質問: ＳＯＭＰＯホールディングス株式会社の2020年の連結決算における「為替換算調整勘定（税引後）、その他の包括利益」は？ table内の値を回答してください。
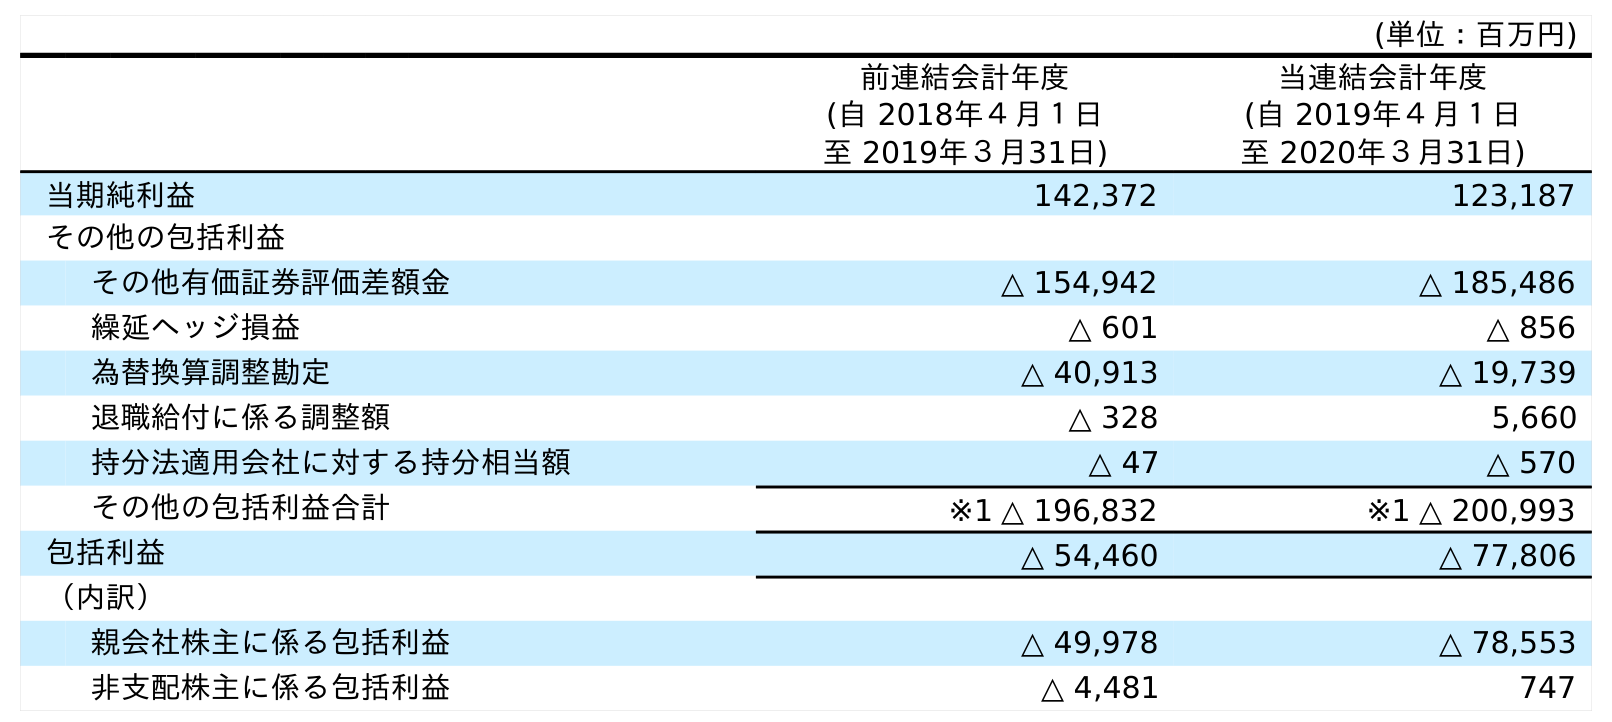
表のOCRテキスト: (単位：百万円) 前連結会計年度 (自 2018年４月１日 至 2019年３月31日) 当連結会計年度 (自 2019年４月１日 至 2020年３月31日) 当期純利益 142,372 123,187 その他の包括利益 その他有価証券評価差額金 △ 154,942 △ 185,486 繰延ヘッジ損益 △ 601 △ 856 為替換算調整勘定 △ 40,913 △ 19,739 退職給付に係る調整額 △ 328 5,660 持分法適用会社に対する持分相当額 △ 47 △ 570 その他の包括利益合計 ※1 △ 196,832 ※1 △ 200,993 包括利益 △ 54,460 △ 77,806 （内訳） 親会社株主に係る包括利益 △ 49,978 △ 78,553 非支配株主に係る包括利益 △ 4,481 747
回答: △19,739